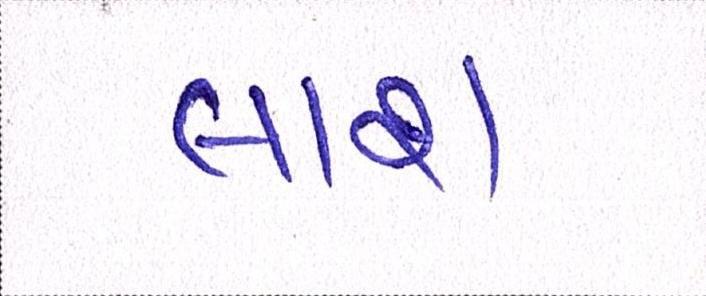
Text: લાશ